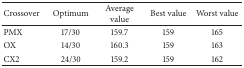
<table><thead><tr><td><b>Crossover</b></td><td><b>Optimum</b></td><td><b>Average value</b></td><td><b>Best value</b></td><td><b>Worst value</b></td></tr></thead><tbody><tr><td>PMX</td><td>17/30</td><td>159.7</td><td>159</td><td>165</td></tr><tr><td>OX</td><td>14/30</td><td>160.3</td><td>159</td><td>163</td></tr><tr><td>CX2</td><td>24/30</td><td>159.2</td><td>159</td><td>162</td></tr></tbody></table>